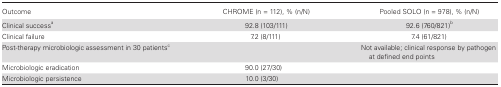
<table><thead><tr><td><b>Outcome</b></td><td><b>CHROME (n = 112), % (n/N)</b></td><td><b>Pooled SOLO (n = 978), % (n/N)</b></td></tr></thead><tbody><tr><td>Clinical success<sup>a</sup></td><td>92.8 (103/111)</td><td>92.6 (760/821)<sup>b</sup></td></tr><tr><td>Clinical failure</td><td>7.2 (8/111)</td><td>7.4 (61/821)</td></tr><tr><td>Post-therapy microbiologic assessment in 30 patients<sup>c</sup></td><td></td><td>Not available; clinical response by pathogen at defined end points</td></tr><tr><td>Microbiologic eradication</td><td>90.0 (27/30)</td><td></td></tr><tr><td>Microbiologic persistence</td><td>10.0 (3/30)</td><td></td></tr></tbody></table>